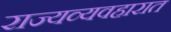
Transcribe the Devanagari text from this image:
राज्यव्यवहारात